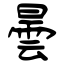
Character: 曇